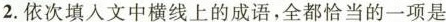
2.依次填入文中横线上的成语，全都恰当的一项是